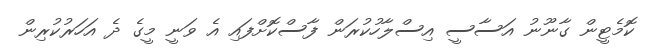
ކޮމެޓީން ގާނޫނު އަސާސީ އިސްލާހުކުރަން ފާސްކޮށްފައި އެ ވަނީ މީގެ ދެ އަހަރުކުރިން